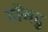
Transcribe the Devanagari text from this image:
दोंगदु